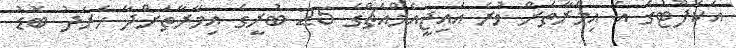
އަކަފޫޓުގެ އެ އިމާރާތަށް ވުރެ އައިޖީއެމްއެޗްގެ 25 ބުރީގެ އިމާރާތަށްދާ ހަރަދު ބޮޑު